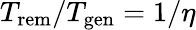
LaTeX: T_{\mathrm{rem}}/T_{\mathrm{gen}}=1/\eta